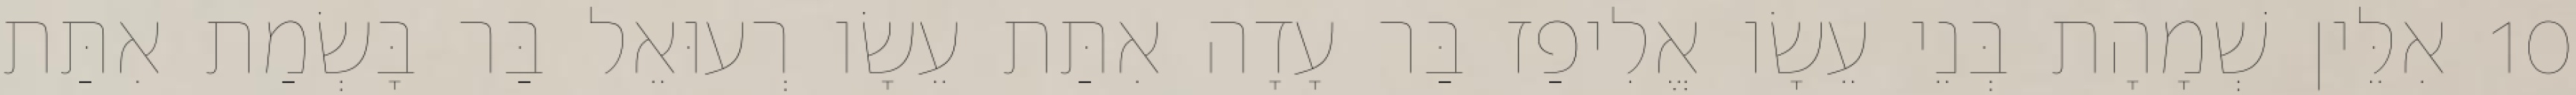
10 אִלֵּין שְׁמָהָת בְּנֵי עֵשָׂו אֱלִיפַז בַּר עָדָה אִתַּת עֵשָׂו רְעוּאֵל בַּר בָּשְׂמַת אִתַּת